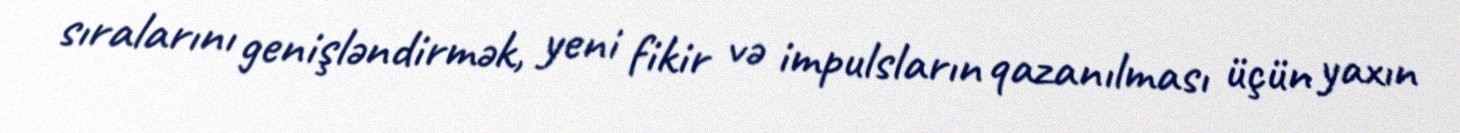
sıralarını genişləndirmək, yeni fikir və impulsların qazanılması üçün yaxın